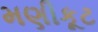
મણીકૂટ